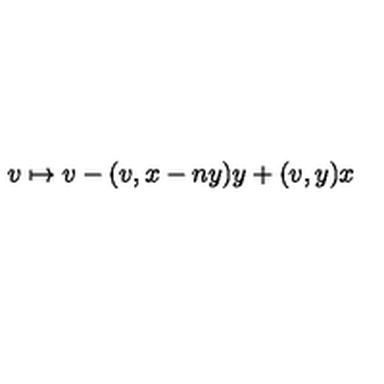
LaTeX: v \mapsto v - ( v , x - n y ) y + ( v , y ) x